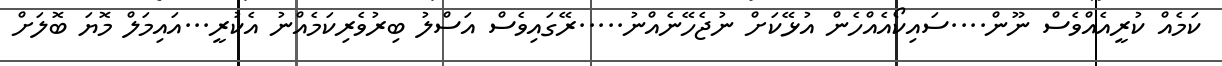
ކަމެއް ކުރީއެއްވެސް ނޫން....ސައިކޯއެއްހެން އުޅޭކަށް ނުޖެހޭނެއްނު.....ރޭގައިވެސް އަސްލު ބިރުވެރިކަމެއްނު އެކުރީ...އައިމަލް މޮޔަ ބޮލަށް